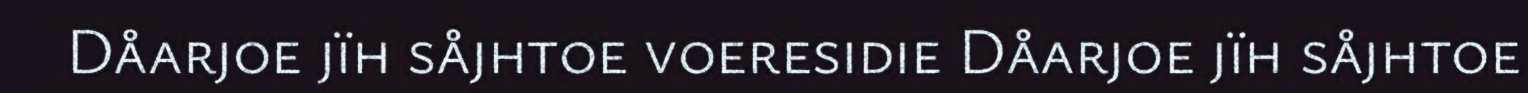
Dåarjoe jïh såjhtoe voeresidie Dåarjoe jïh såjhtoe